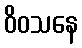
ဝိဝသနေ